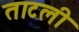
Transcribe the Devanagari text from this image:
ताटली